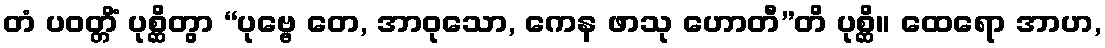
တံ ပဝတ္တိံ ပုစ္ဆိတွာ “ပုဗ္ဗေ တေ, အာဝုသော, ကေန ဖာသု ဟောတီ”တိ ပုစ္ဆိ။ ထေရော အာဟ,